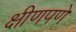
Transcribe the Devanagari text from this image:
क्षीणपणे